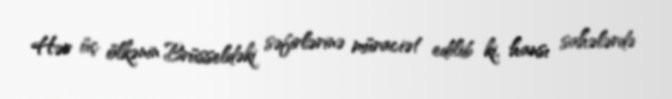
Hər üç ölkənin Brüsseldəki səfirlərinə müraciət edilib ki, hansı sahələrdə